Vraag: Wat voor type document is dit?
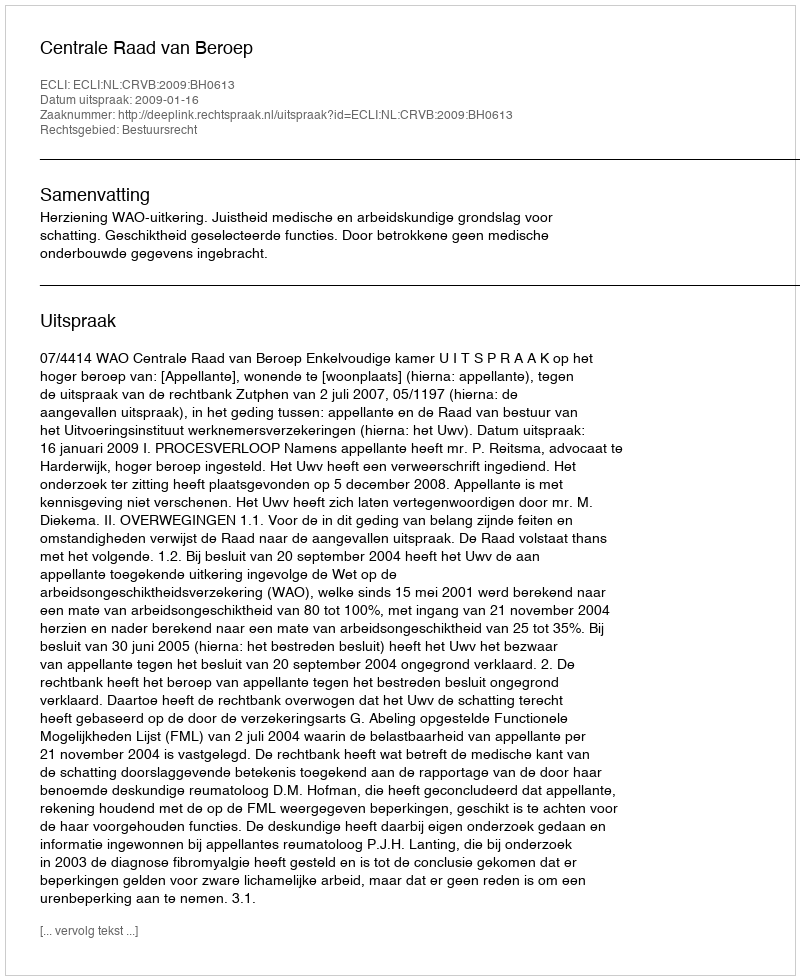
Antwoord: Uitspraak